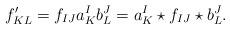
LaTeX: \begin{align*} f'_{KL} = f_{IJ} a^I_K b^J_L = a^I_K \star f_{IJ} \star b^J_L.\end{align*}